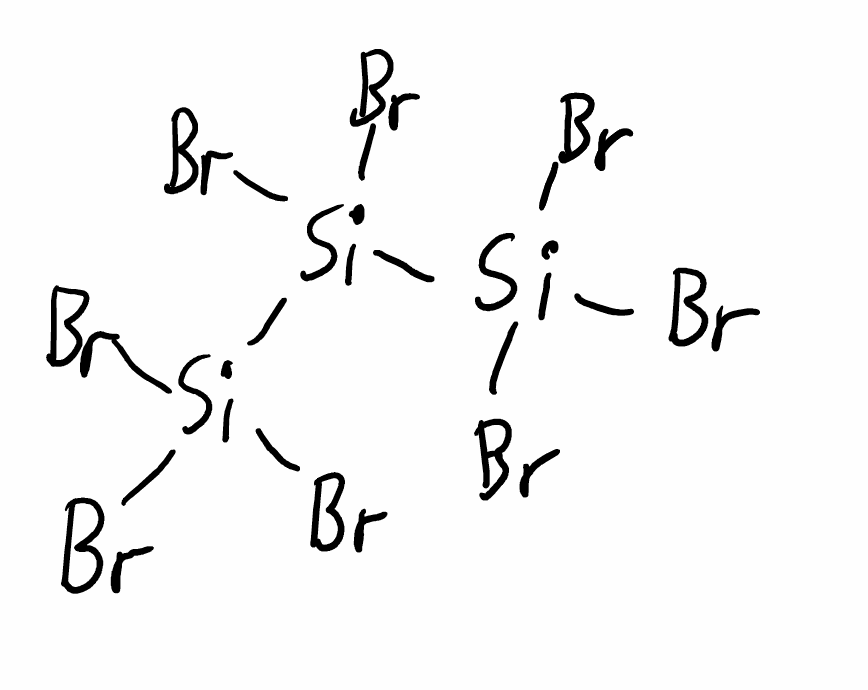
Simplified molecular-input line-entry system (SMILES) notation of the given molecule:
[Si]([Si](Br)(Br)Br)([Si](Br)(Br)Br)(Br)Br